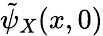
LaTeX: \tilde{\psi}_{X}(x,0)